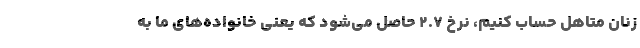
زنان متاهل حساب کنیم، نرخ ۲.۷ حاصل می‌شود که یعنی خانواده‌های ما به